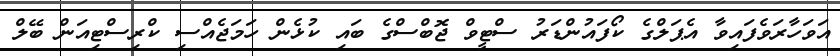
އަވަހާރަވެފައިވާ އެޕަލްގެ ކޯފައުންޑަރު ސްޓީވް ޖޮބްސްގެ ބައި ކުޅެން ހަމަޖެއްސި ކްރިސްޓިއަން ބޭލް